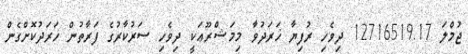
ޖުމްލަ 12716519.17 ދިވެހި ރުފިޔާ ޚަރަދުވާ މިމަޝްރޫޢަކީ ދިވެހި ސަރުކާރުގެ ފަރާތުން ޚަރަދުކޮށްގެން